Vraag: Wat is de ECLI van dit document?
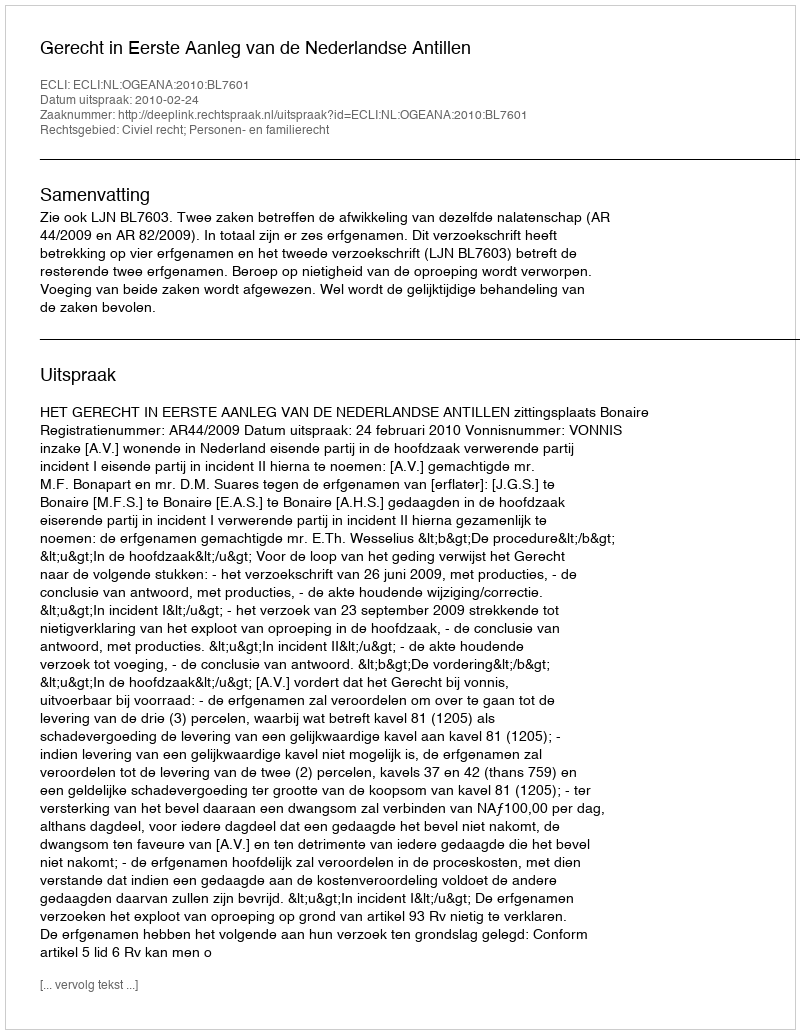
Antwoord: ECLI:NL:OGEANA:2010:BL7601